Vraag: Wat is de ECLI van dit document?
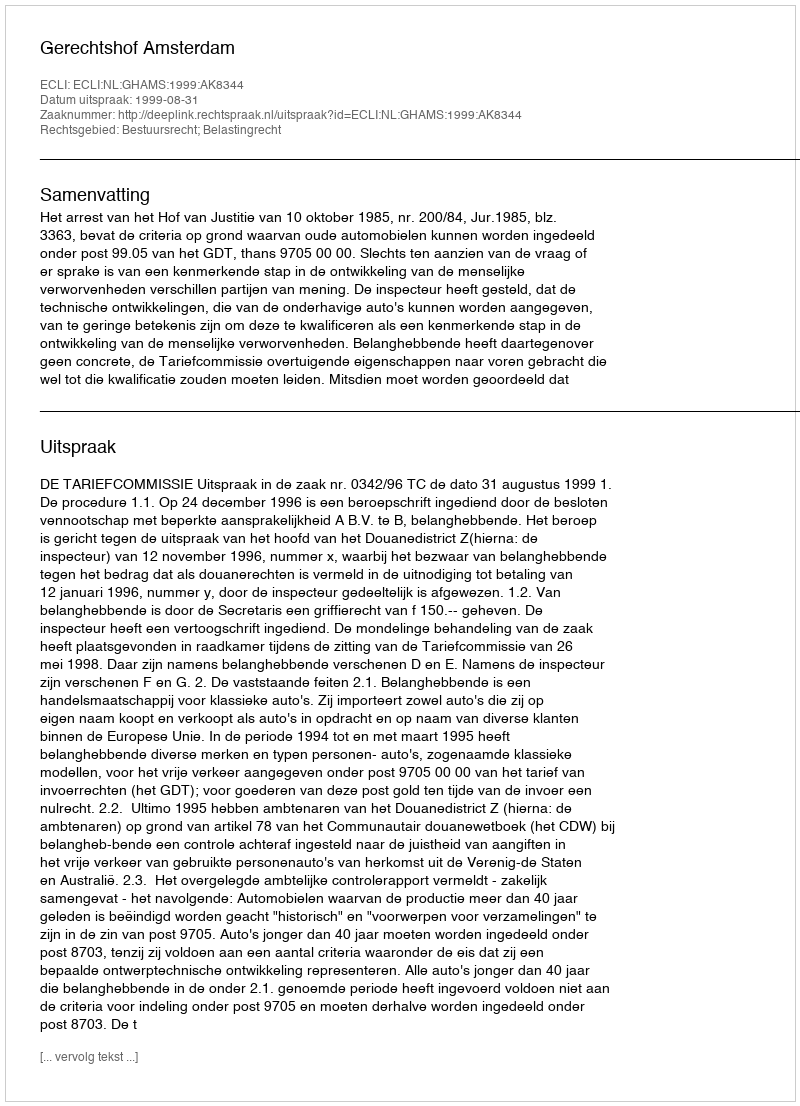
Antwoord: ECLI:NL:GHAMS:1999:AK8344